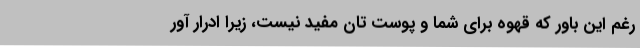
رغم این باور که قهوه برای شما و پوست تان مفید نیست، زیرا ادرار آور